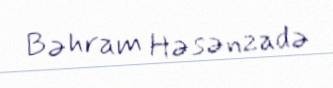
Bəhram Həsənzadə